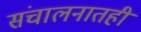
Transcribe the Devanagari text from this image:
संचालनातही